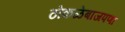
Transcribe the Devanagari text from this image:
ठोकळेबाजपणा